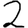
Digit: 2